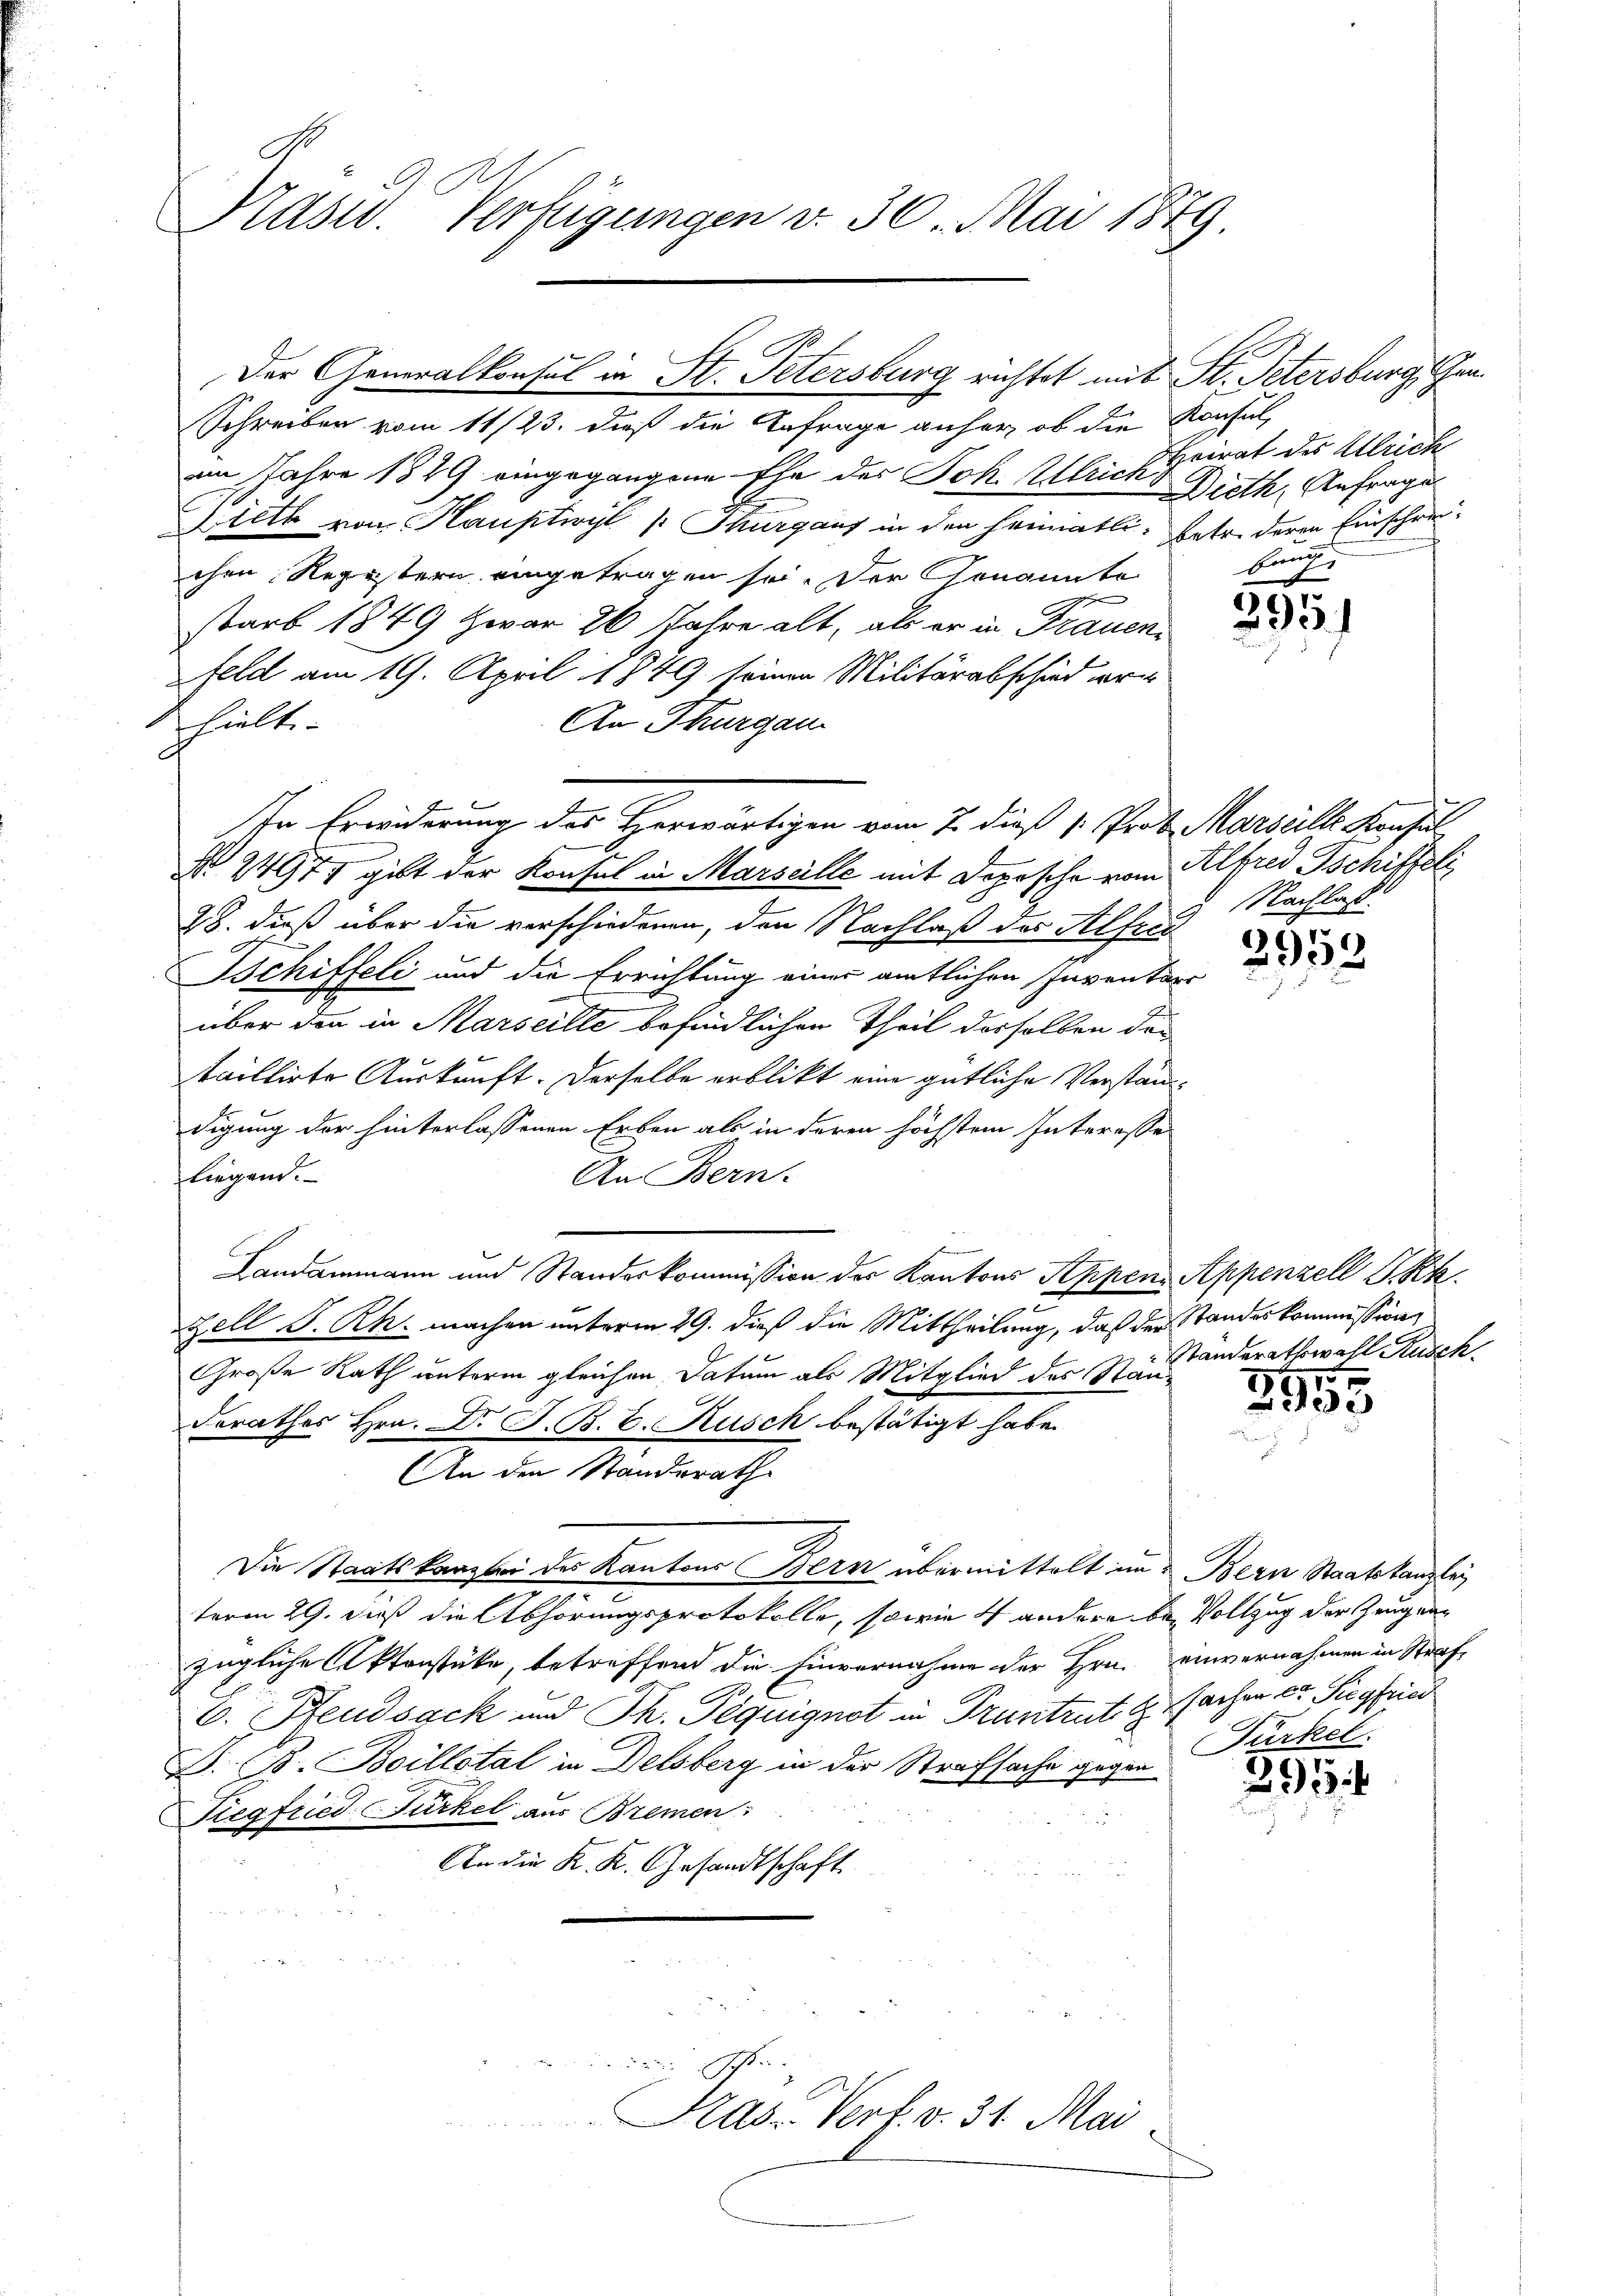
B

Kasw. Verfügungen v. 30. Mai 1879

Schreiben vom 11/23. dieß die Anfrage anher, ob die Konsul,
im Jahre 1849 eingegangene Ehe des Joh. Ulrich Dieth, Anfrage
Dieth von Haupteryt Thurgaus in den Heimatli, betr. deren Einschreichen Registern eingetragen sei. Der Genannte
starb 1849 zwar 20 Jahre alt, als er in Frauenfeld am 19. April 1849 seinen Militärabschied er
An Thurgau
fhielte.
e
In Erwiderung des Herwärtigen vom 7. dieß 1. Prof. Marseille Konsul
No. 24971 gibt der Konsul in Marseille mit Dopische vom Alfred Ischiffeli
28. dieß über die verschiedenen, den Nachlaß des Alfrei
Schiffeli und die Errichtung einer amtlichen Inventars
über den in Marseille befindlichen Theil desselben des
taillirte Auskunft. Derselbe erblickt eine gütliche Verständdigung der hinterlassenen Erben als in deren höchstem Interesse
liegend.
An Bern.
Landammann und Standeskommission der Kantons Appen Appenzell I.-Rk.
 x
Zell S. Rh. machen unterm 29. dieß die Mittheilung, daß der Standeskommission
Große Rath unterm gleichen Datum als Mitglied des Standerathes Hrn. Dr. J. B. C. Kusch bestätigt habe.
An den Standerath
Die Staatskanzlei des Kantons Bern übermittelt im Bern Staatskanzlei
term 29. dieß die Abhörungsprotokolle, sowie 4 andere bei Vollzug der Zeugen
zügliche Aktenstüke, betreffend die Einvernahme der Hrn. einvernahmen in Straf¬
E. Pfeudsack und Th. Peguignet in Truntrut G. Sachen Dr. Siegfried
S. B. Boillotal in Delsberg in der Strafsache gegen Türkel
Tiegfried Fürkel aus Bremen
An die K. K. Gesandtschaft

Der Generalkonsul in St. Petersburg richtet mit St. Petersburg, Can

30
Kas Verf. v. 31. Mai

Heirat des Ullrich
Frach

295.

9 Nachlaß.

)
29

Standerathswall Rusch.
t

2955

295.